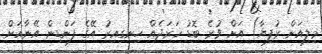
މިލިއަން ރުފިޔާ) އަށް ވުރެ ބޮޑު ޚަރަދެއް ހިނގިއިރު އޭގެ ފަންޑިން އޭނާއަށް